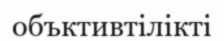
объктивтілікті